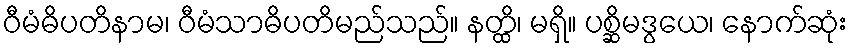
ဝီမံဓိပတိနာမ၊ ဝီမံသာဓိပတိမည်သည်။ နတ္ထိ၊ မရှိ။ ပစ္ဆိမဒွယေ၊ နောက်ဆုံး